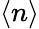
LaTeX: \langle n\rangle